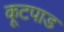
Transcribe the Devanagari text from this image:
कूटपाड